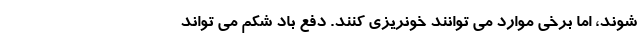
شوند، اما برخی موارد می توانند خونریزی کنند. دفع باد شکم می تواند